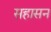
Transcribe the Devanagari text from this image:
सहासन